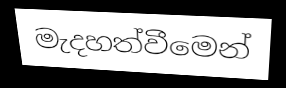
මැදහත්වීමෙන්